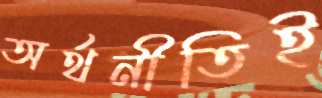
অর্থনীতিই